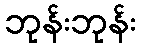
ဘုန်းဘုန်း